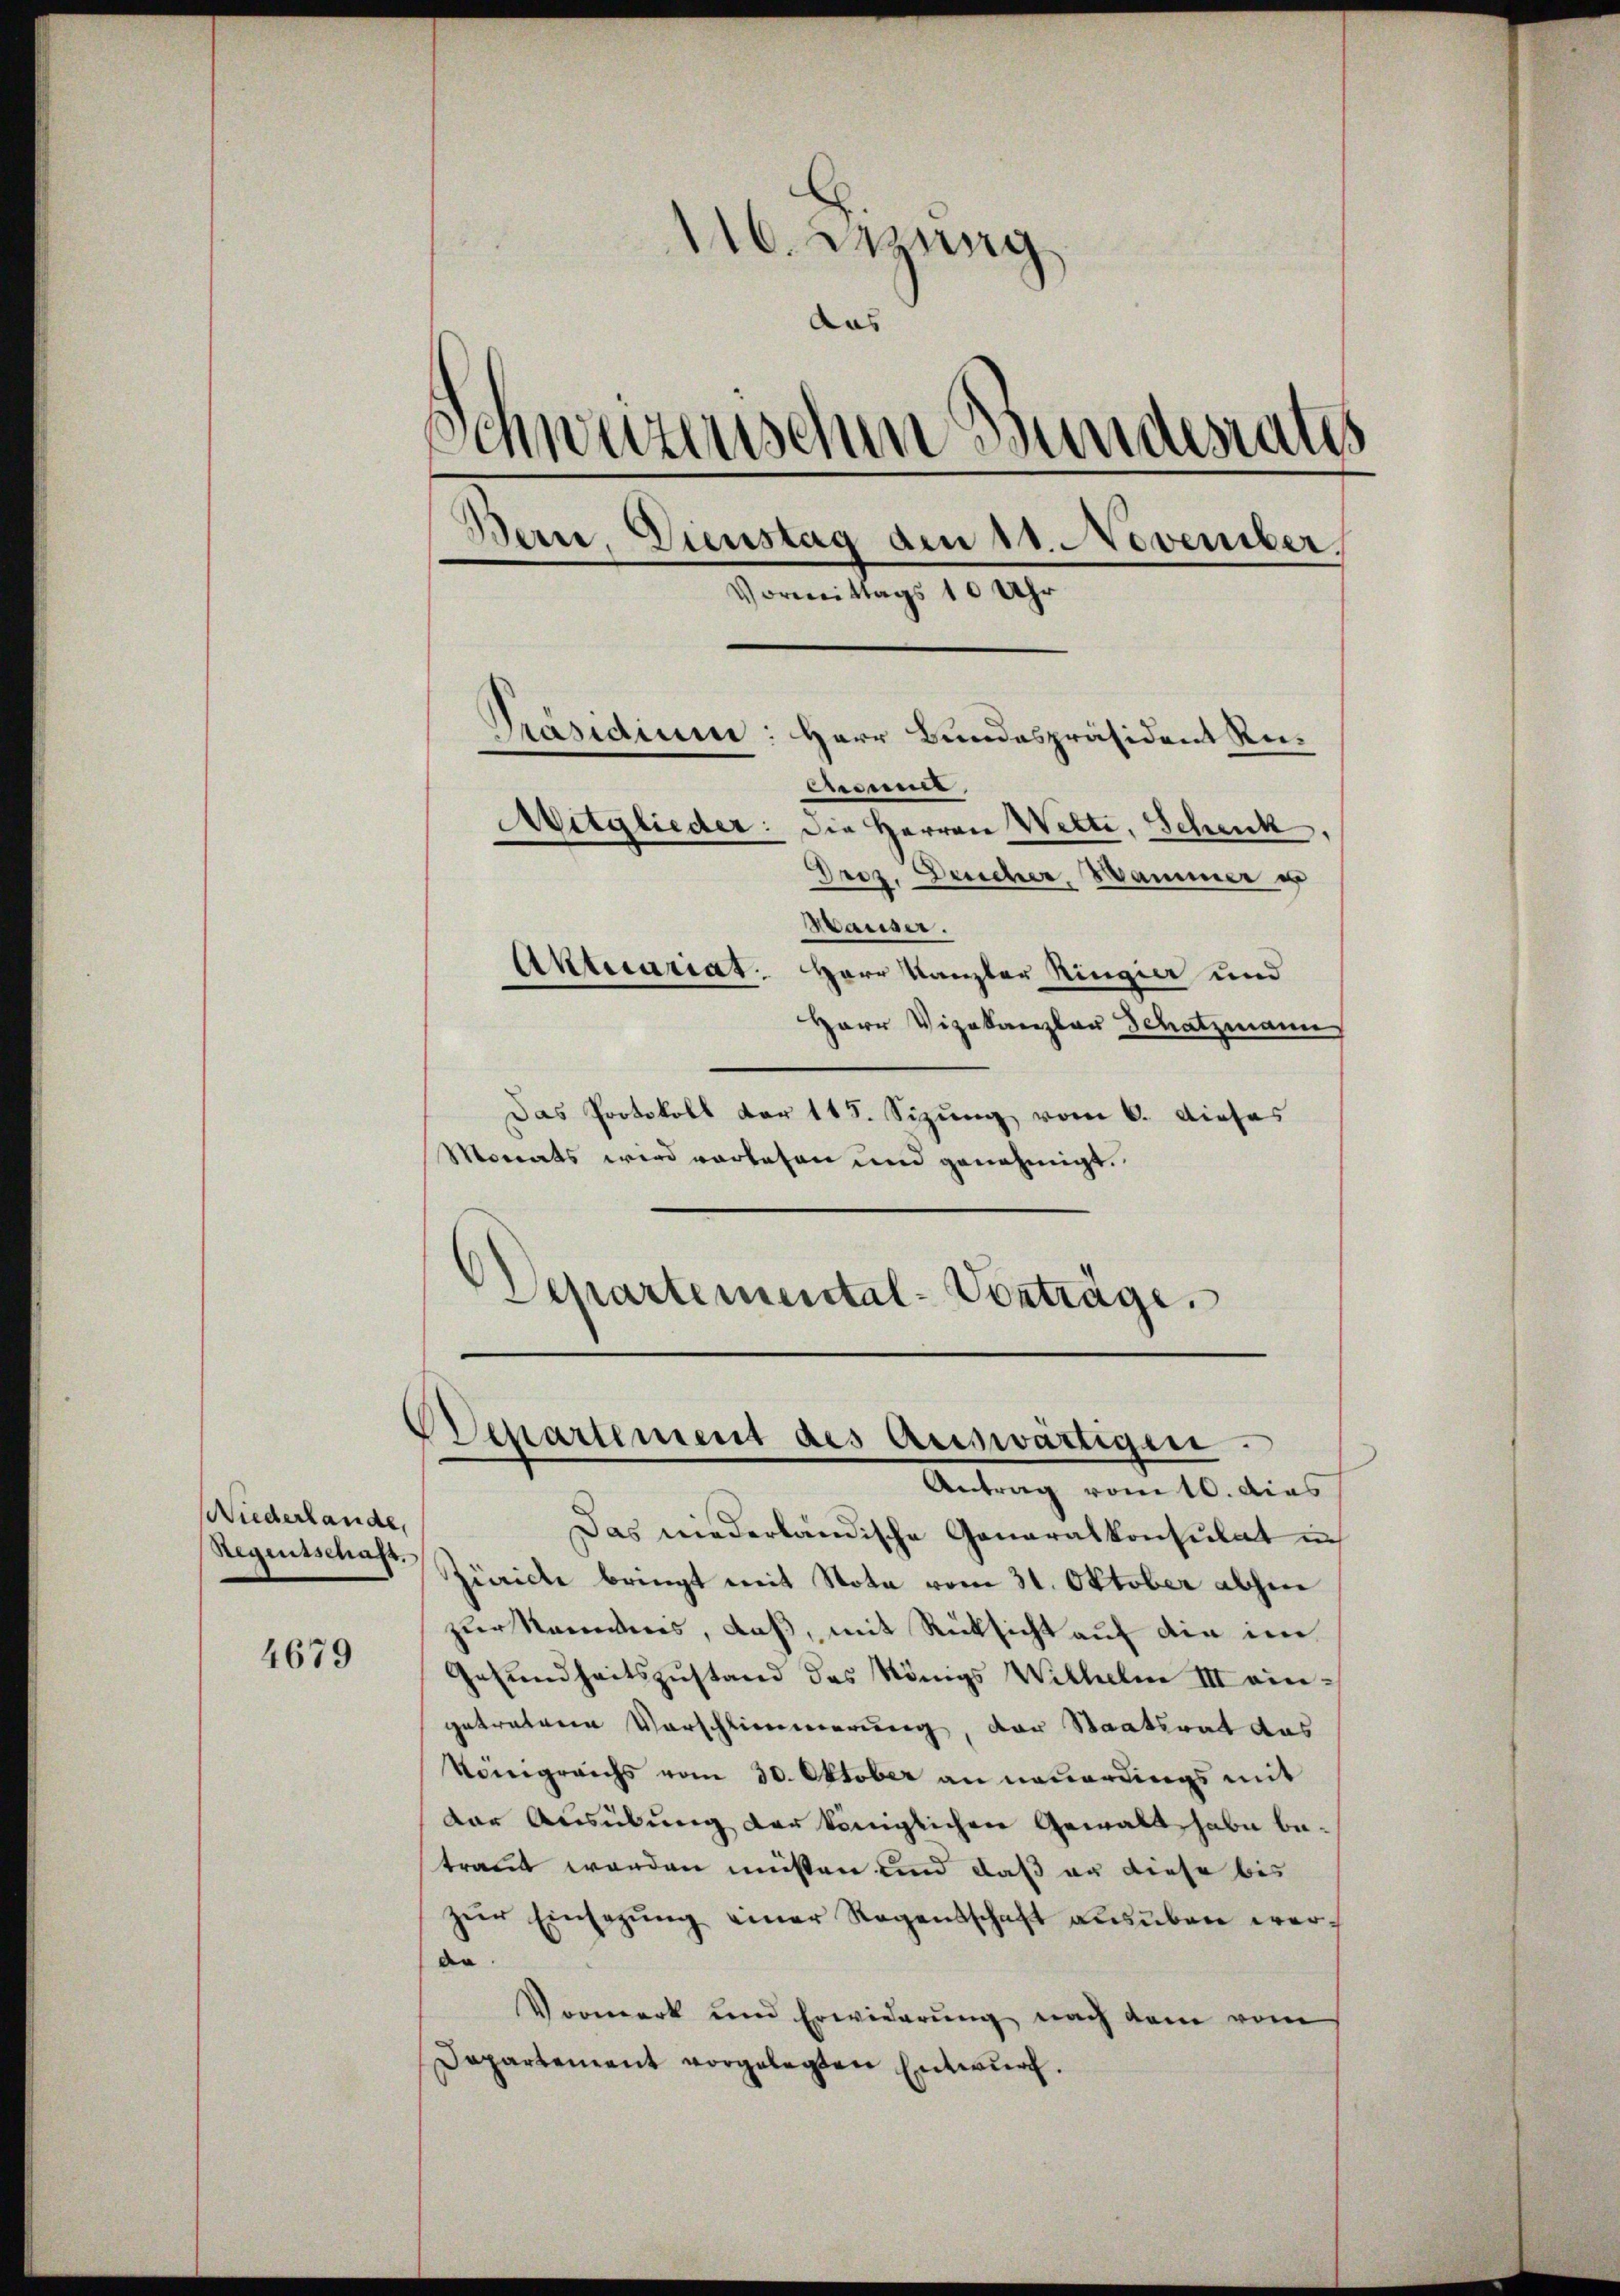
Wiederlande
Regensschaft.

4679

116. Jung
aas
Schweizerischen Bundesrates
Bern, Dienstag den 11. November
Vormittags 10 Uh.
Präsidium: Herr Bundespräsident Remune
Mitglieder: die Herren Wetti, Schreck
Droz. Deucher, Mammer u
Hauser.
Aktuariat. Herr Kanzler Ringier und

Herr Vizekanzler Schatzmann
Das Protokoll der 115. Sizung vom 6. dieses
Monats wird vorlesen und genehmigt.

Departemental-Vorträge.

Departement des auswärtigen.
Antrag vom 10. dies

Das niederländische Generalkonsulat in
Ziaicte bringt mit Nota vom 31. Oktober absen
zur Rammnis, daß, mit Rücksicht auf die im
Gesundheitszustand des Königs Wilhelm III eingetretene Vorschlimmerung, der Staatsrat aus
Königreichs vom 30. Oktober an neuerdings mit
der Ausübung der königlichen Gewalt habe betraut worden müssen und daß an diese bis
zŭr Einsagŭng einer Regentschaft ausüben werde
Vormerk und Erwiderung nach dem vom
Dapartement vorgelegten Entwurf.